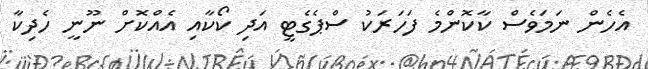
އެހެން ނަމަވެސް ކާކޮންމެ ފަހަރަކު ސްޕެގެޓީ އަދި ކޯކާއި އެއްކޮށް ނޫނީ ހެދިކާ